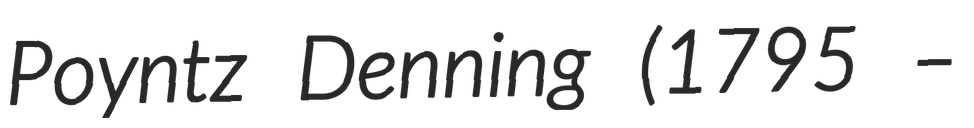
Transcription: Poyntz Denning (1795 –